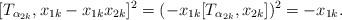
LaTeX: \begin{align*}[T_{\alpha_{2k}},x_{1k}-x_{1k}x_{2k}]^2=(-x_{1k}[T_{\alpha_{2k}},x_{2k}])^2=-x_{1k}.\end{align*}